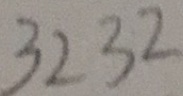
3 2 3 2